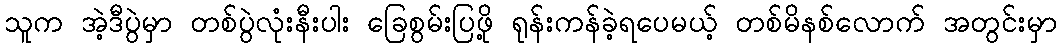
သူက အဲ့ဒီပွဲမှာ တစ်ပွဲလုံးနီးပါး ခြေစွမ်းပြဖို့ ရုန်းကန်ခဲ့ရပေမယ့် တစ်မိနစ်လောက် အတွင်းမှာ